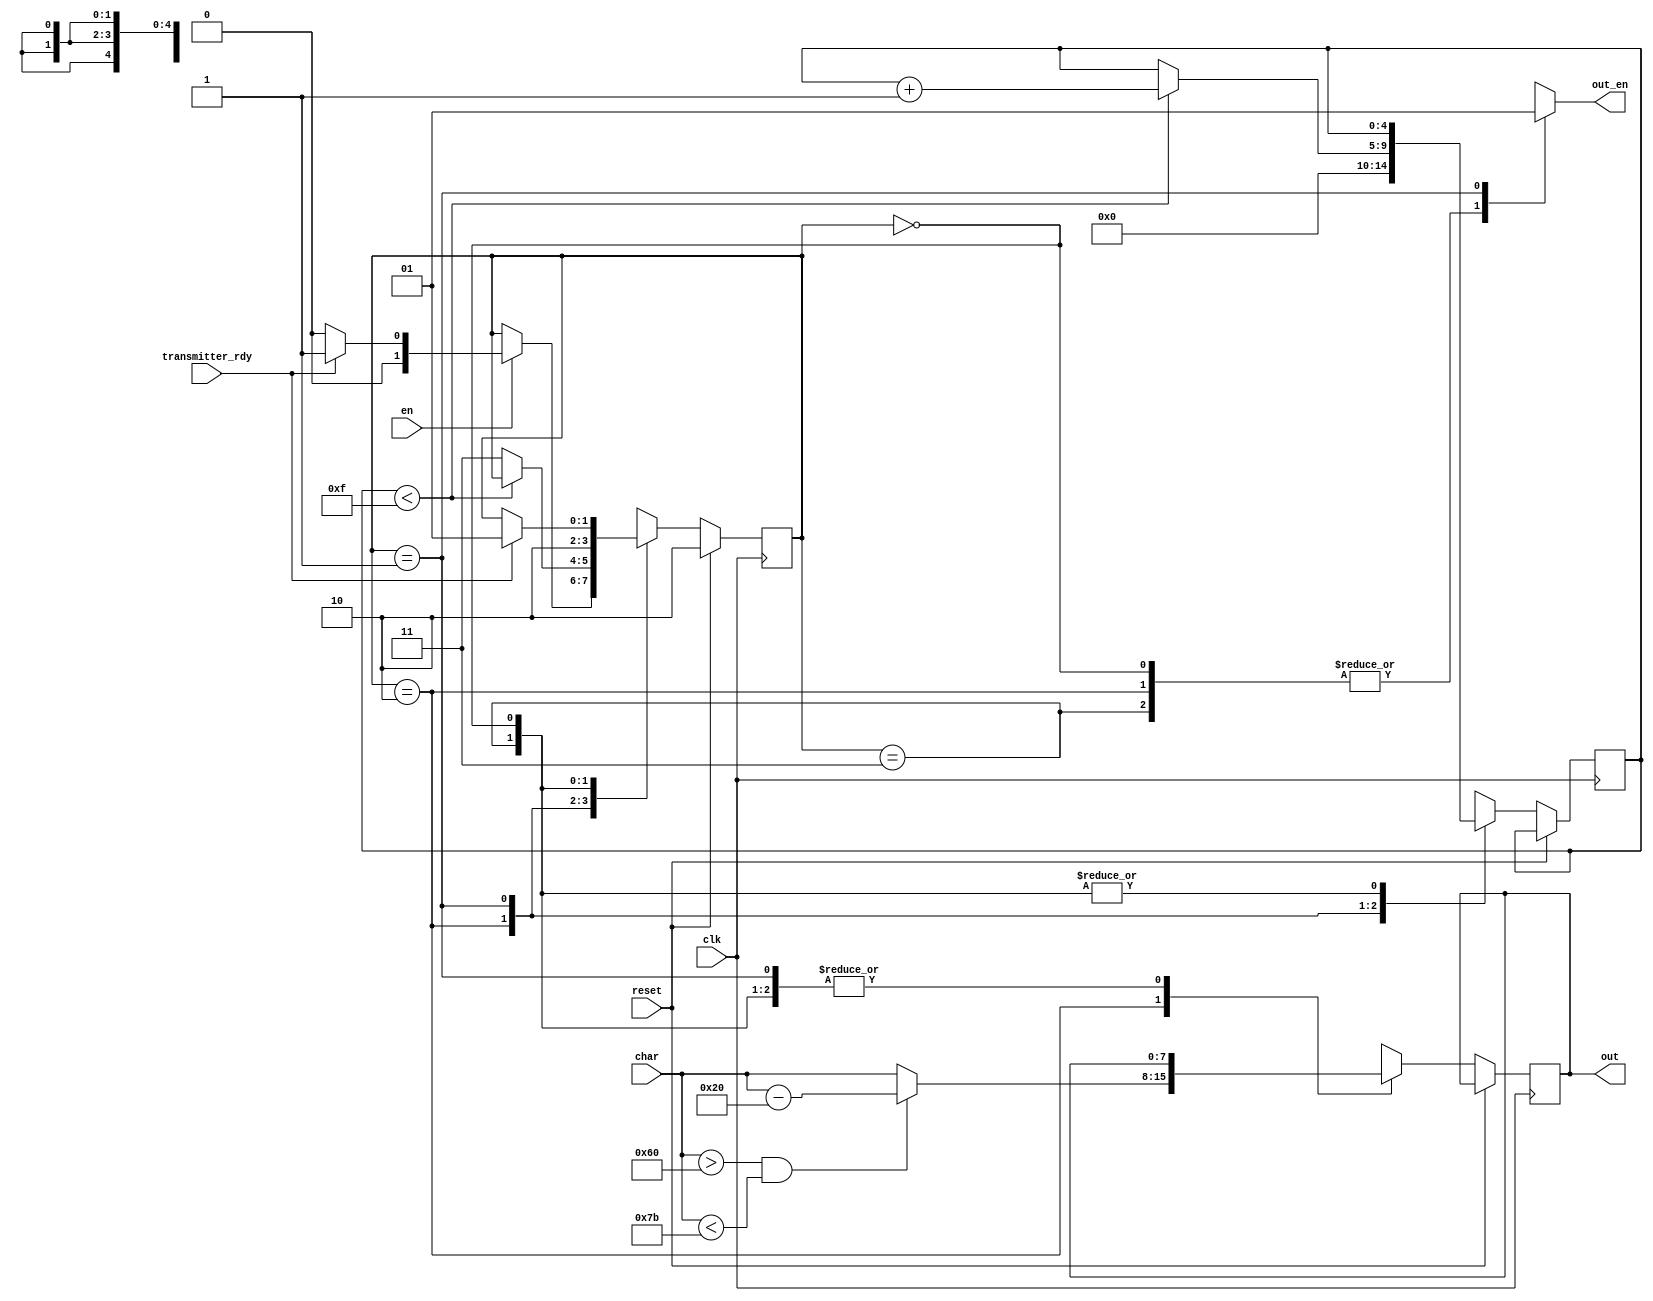
/*
Author: Spence Johnston
Module:  input buffer finite state machine
Purpose: handles the input buffer

Notes:
	when switch pressed, lockout signal until unpressed.
	used to send a single pulse when a button is held 
	down for longer than a clock cycle. Locks out more 
	than one pulse being sent. Outputs 'p' ascii value for part 1 of lab.
	change to switch input signal for later use
*/

module input_buffer_fsm (
	input clk, reset, en, transmitter_rdy,
	input [7:0] char,
	output reg [7:0] out,
	output reg out_en //enable the recieving fsm
);

//states
parameter WAIT = 0;
parameter PRESSED = 1;
parameter IDLE = 2;
parameter SEND = 3;

reg [1:0] state;
reg [4:0] cycle_count;

always @ ( posedge clk )
begin                        
	if ( reset )
		state = IDLE;
	else 
		case ( state )
			IDLE:
			begin
				cycle_count = 0;
				//to upper
				if( char > 8'h60 && char < 8'h7b )
					out = char - 8'h20;
				else
					out = char;
					
				if ( en == 1 )
					if (transmitter_rdy)
						state = PRESSED;
					else
						state = WAIT;
				else
					state = state;
			end
			PRESSED:
			begin
				if (cycle_count < 15) //because 16x baud rate.
				begin
					cycle_count = cycle_count + 1;
					state = state;
				end
				else
					state = SEND;
			end
			SEND:
			begin
				state = IDLE;
			end
			WAIT:
			begin
				if (transmitter_rdy)
					state = PRESSED;
				else
					state = state;
			end
		endcase
end

always @ ( state )
begin
	case (state)
		WAIT, 
		IDLE,
		SEND:
		begin
			out_en = 0;
		end
		PRESSED:
		begin
			out_en = 1;
		end	
	endcase
end
endmodule